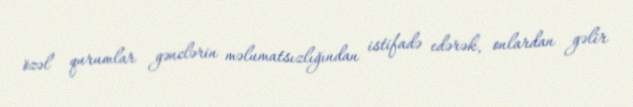
özəl qurumlar gənclərin məlumatsızlığından istifadə edərək, onlardan gəlir